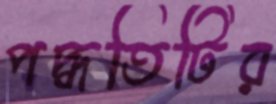
পদ্ধতিটির